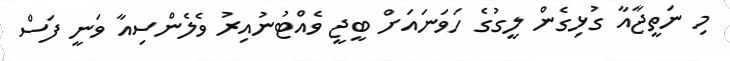
މި ނަތީޖާއާ ގުޅިގެން ލީގުގެ ހަވަނައަށް ބީޖީ ވެއްޓުނުއިރު ވެލެންސިއާ ވަނީ ފަސް